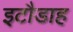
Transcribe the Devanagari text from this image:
इटौडाह